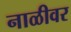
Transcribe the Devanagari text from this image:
नाळीवर